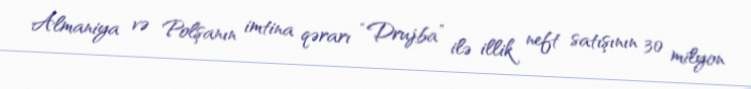
Almaniya və Polşanın imtina qərarı “Drujba” ilə illik neft satışının 30 milyon